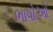
ભાષોઓ